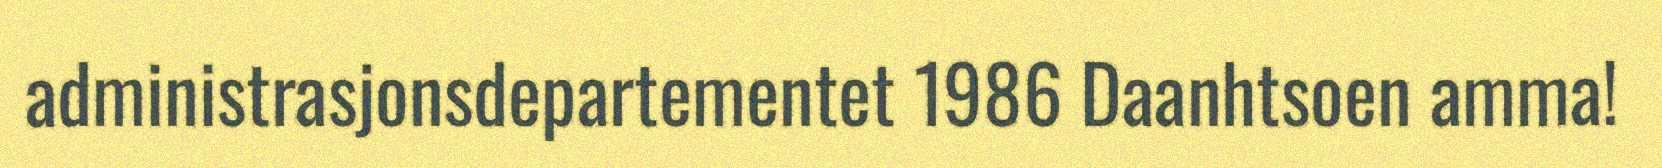
administrasjonsdepartementet 1986 Daanhtsoen amma!